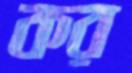
কর